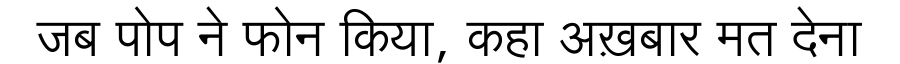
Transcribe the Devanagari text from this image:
जब पोप ने फोन किया, कहा अख़बार मत देना